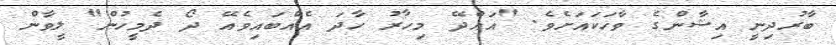
ބާރުދިނީ އިޝާންގެ ވާހަކައަށެވެ. "އައްދޭ މިހާރު ހާދަ އެއްބައިވެއޭ ދޯ ދެމީހުން" ލީވާން